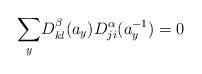
LaTeX: \begin{align*}\underset{y}{\sum }D_{kl}^{\beta }(a_{y})D_{ji}^{\alpha }(a_{y}^{-1})=0\end{align*}